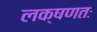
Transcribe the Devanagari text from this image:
लक्षणतः